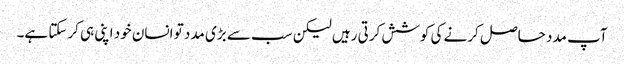
آپ مدد حاصل کرنے کی کوشش کرتی رہیں لیکن سب سے بڑی مدد تو انسان خود اپنی ہی کرسکتا ہے۔